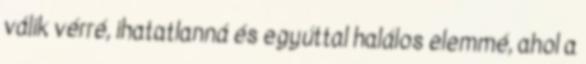
válik vérré, ihatatlanná és egyúttal halálos elemmé, ahol a